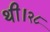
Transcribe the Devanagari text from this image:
थी।२८